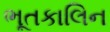
ભૂતકાલિન